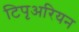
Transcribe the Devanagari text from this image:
टिपृअरियन